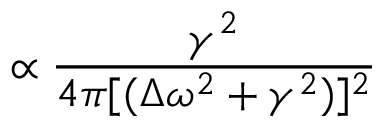
\propto \frac { \gamma ^ { 2 } } { 4 \pi [ ( \Delta \omega ^ { 2 } + \gamma ^ { 2 } ) ] ^ { 2 } }